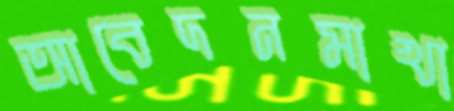
আবেদনমাখা